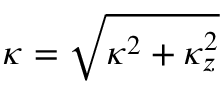
\kappa = \sqrt { \boldsymbol { \kappa } ^ { 2 } + \kappa _ { z } ^ { 2 } }